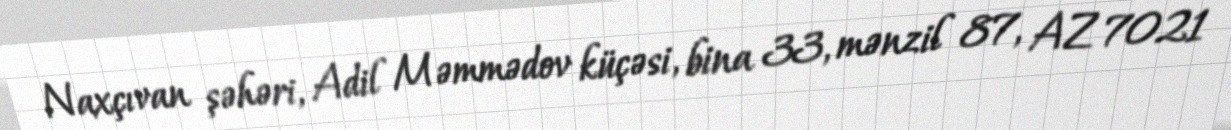
Naxçıvan şəhəri, Adil Məmmədov küçəsi, bina 33, mənzil 87, AZ 7021